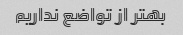
بهتر از تواضع نداریم